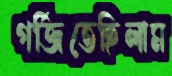
গর্জিতেছিলাম